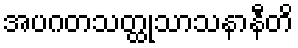
အပဂတသတ္ထုသာသနာနီတိ